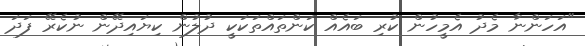
"އަހަންނާ މެދު އެމީހުން ކުރި ބައެއް ކަންތައްތަކަކީ ދުލުން ކިޔައިދޭން ނުކެރޭ ފަދަ